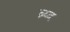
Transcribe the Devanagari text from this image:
ब्र्य्द